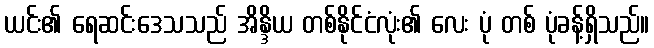
ယင်း၏ ရေဆင်းဒေသသည် အိန္ဒိယ တစ်နိုင်ငံလုံး၏ လေး ပုံ တစ် ပုံခန့်ရှိသည်။